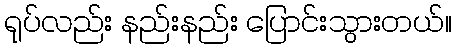
ရုပ်လည်း နည်းနည်း ပြောင်းသွားတယ်။